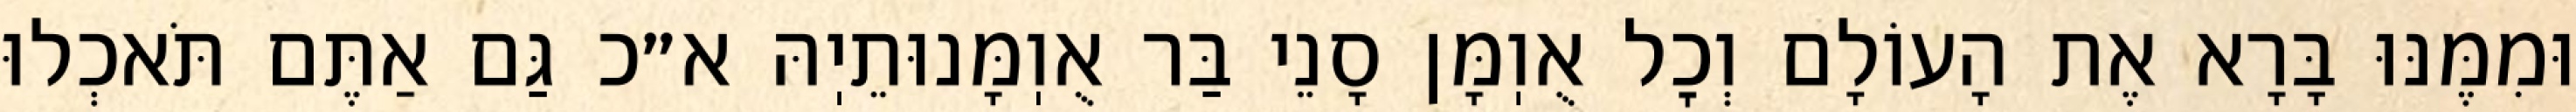
וּמִמֶּנּוּ בָּרָא אֶת הָעוֹלָם וְכׇל אֻוֽמָּן סָנֵי בַּר אֻוֽמָּנוּתֵיֽהּ א״כ גַּם אַתֶּם תֹּאכְלוּ